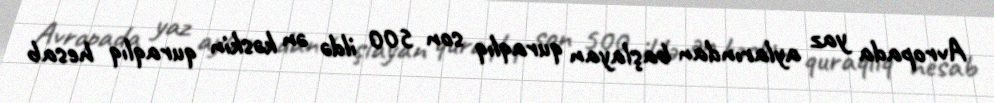
Avropada yaz aylarından başlayan quraqlıq son 500 ildə ən kəskin quraqlıq hesab